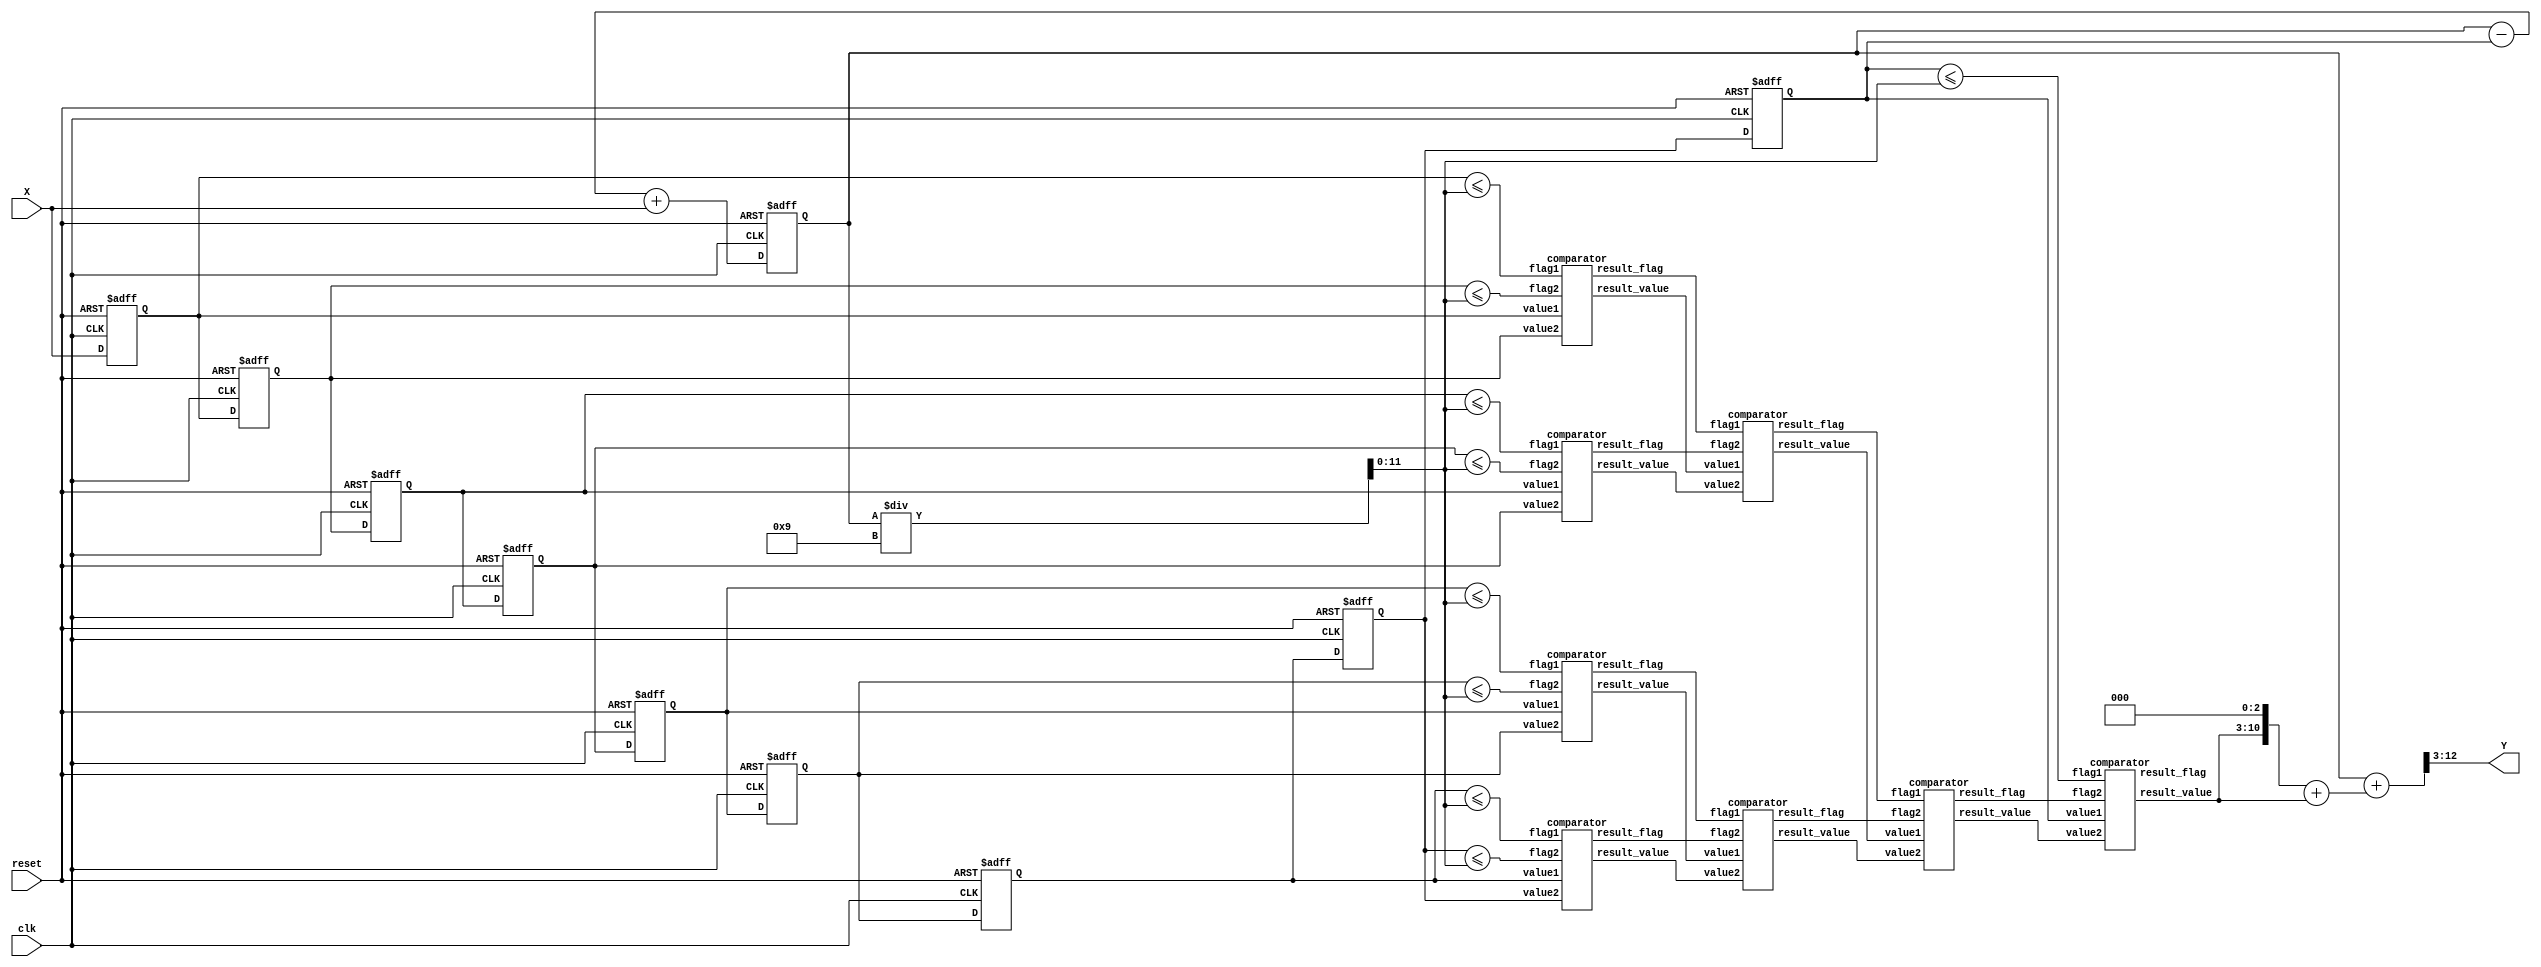
`timescale 1ns/10ps
module CS(Y, X, reset, clk);

input clk, reset; 
input 	[7:0] X;
output 	[9:0] Y;

//--------------------------------------
//  \^o^/   Write your code here~  \^o^/
//--------------------------------------
reg [7:0] data [0:8];
reg [11:0] sum;

wire [11:0] avg;
wire [11:0] tmp_sum;
wire [8:0] flag;

integer i;

always @(posedge reset or posedge clk) begin
	if(reset) begin
		sum <= 12'b0;
		for(i = 0; i < 9; i = i + 1) begin
			data[i] <= 8'b0;
		end
	end
	else begin
		for(i = 0; i < 8; i = i + 1) begin
			data[i+1] <= data[i];
		end
			data[0] <= X;
			sum <= tmp_sum;
	end
end

assign tmp_sum = sum - {4'b0, data[8]} + {4'b0, X};
assign avg = sum / 9;

assign flag[8] = data[0] <= avg;
assign flag[7] = data[1] <= avg;
assign flag[6] = data[2] <= avg;
assign flag[5] = data[3] <= avg;
assign flag[4] = data[4] <= avg;
assign flag[3] = data[5] <= avg;
assign flag[2] = data[6] <= avg;
assign flag[1] = data[7] <= avg;
assign flag[0] = data[8] <= avg;

wire [7:0] out_flag;
wire [7:0] out_value[0:7];

comparator c1(flag[8], flag[7], data[0], data[1], out_flag[0], out_value[0]);
comparator c2(flag[6], flag[5], data[2], data[3], out_flag[1], out_value[1]);
comparator c3(flag[4], flag[3], data[4], data[5], out_flag[2], out_value[2]);
comparator c4(flag[2], flag[1], data[6], data[7], out_flag[3], out_value[3]);
comparator c5(out_flag[0], out_flag[1], out_value[0], out_value[1], out_flag[4], out_value[4]);
comparator c6(out_flag[2], out_flag[3], out_value[2], out_value[3], out_flag[5], out_value[5]);
comparator c7(out_flag[4], out_flag[5], out_value[4], out_value[5], out_flag[6], out_value[6]);
comparator c8(flag[0], out_flag[6], data[8], out_value[6], out_flag[7], out_value[7]);

assign Y = ({1'b0, sum} + {1'b0,{out_value[7],3'b0}+{4'b0,out_value[7]}}) >>3;

endmodule


module comparator(flag1, flag2, value1, value2, result_flag, result_value);
	input flag1,flag2;
	input [7:0] value1,value2;
	output result_flag;
	output [7:0]result_value;
	reg result_flag;
	reg [7:0] result_value;

	always @(*)begin
		case({flag1, flag2})
			2'b11: begin
				result_flag = 1;
				if(value1 > value2) begin
					result_value = value1;
				end
				else begin
					result_value = value2;
				end
			end
			2'b10: begin
				result_flag = 1;
				result_value = value1;
			end
			2'b01: begin
				result_flag = 1;
				result_value = value2;
			end
			default: begin
				result_flag = 0;
				result_value = 8'bx;
			end
		endcase
	end	
endmodule